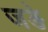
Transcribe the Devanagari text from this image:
जङे